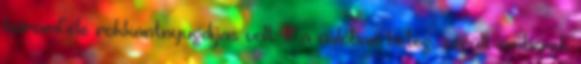
háromféle rokkantnyugdíjas volt: 1. a valóban beteg, sérült emberek